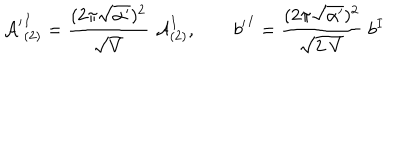
LaTeX: { { \cal A } ^ { \prime } } _ { ( 2 ) } ^ { I } = \frac { ( 2 \pi \sqrt { \alpha ^ { \prime } } ) ^ { 2 } } { \sqrt { V } } \; { \cal A } _ { ( 2 ) } ^ { I } , \qquad { b ^ { \prime } } ^ { I } = \frac { ( 2 \pi \sqrt { \alpha ^ { \prime } } ) ^ { 2 } } { \sqrt { 2 \; V } } \; { b } ^ { I }